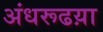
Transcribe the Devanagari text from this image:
अंधरूढय़ा